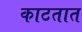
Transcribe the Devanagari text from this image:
काटतात